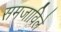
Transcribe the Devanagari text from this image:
समजाविले